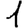
Digit: 1